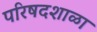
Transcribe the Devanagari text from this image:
परिषदशाळा